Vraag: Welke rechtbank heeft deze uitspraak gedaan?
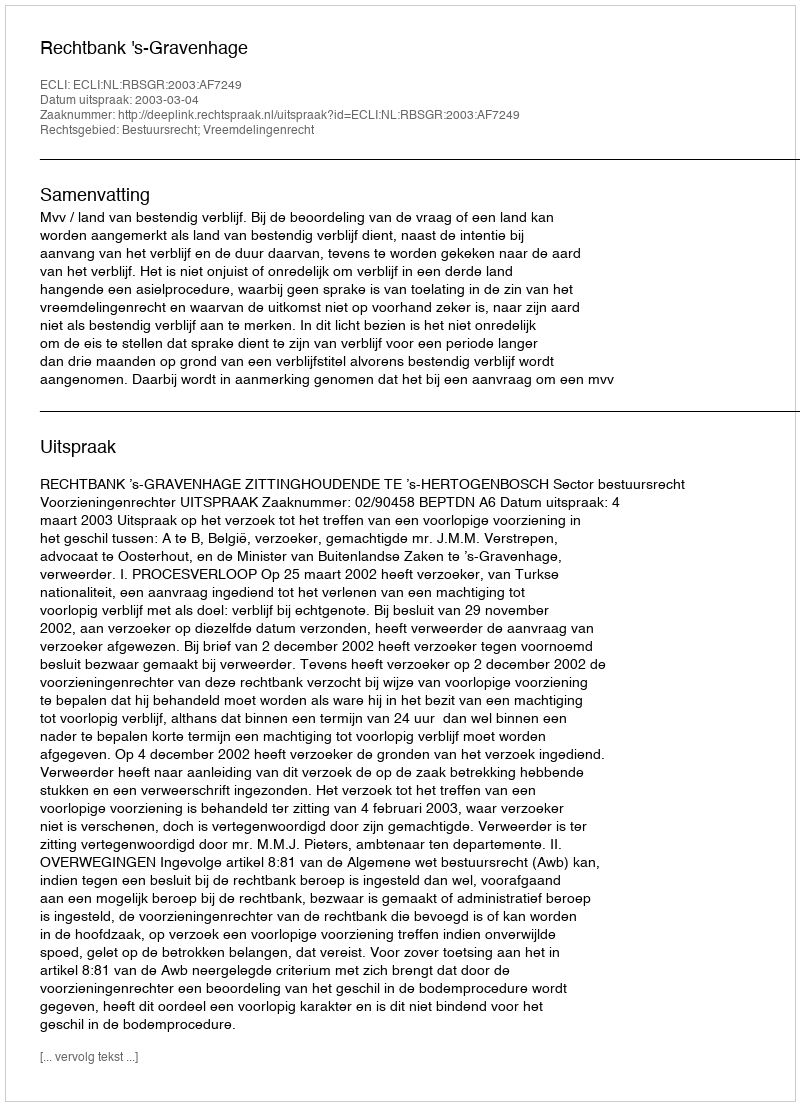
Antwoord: Rechtbank 's-Gravenhage